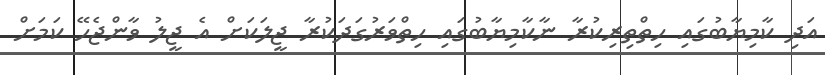
އަދި ކާމިޔާބުގައި ހިތްތިރިކުރާ ނާކާމިޔާބުގައި ހިތްވަރުގަދަކުރާ ޖީލަކަށް އެ ޖީލު ވާންޖެހޭ ކަމަށް